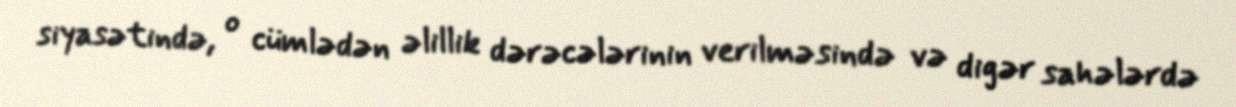
siyasətində, o cümlədən əlillik dərəcələrinin verilməsində və digər sahələrdə